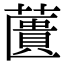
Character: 䕚